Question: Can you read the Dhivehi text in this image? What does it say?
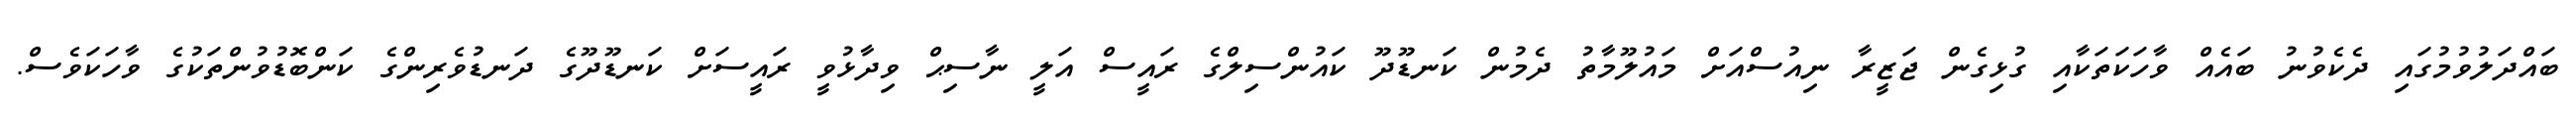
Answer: ބައްދަލުވުމުގައި ދެކެވުނު ބައެއް ވާހަކަތަކާއި ގުޅިގެން ޖަޒީރާ ނިއުސްއަށް މައުލޫމާތު ދެމުން ކަނޑޫދޫ ކައުންސިލްގެ ރައީސް އަލީ ނާސިޙް ވިދާޅުވީ ރައީސަށް ކަނޑޫދޫގެ ދަނޑުވެރިންގެ ކަންބޮޑުވުންތަކުގެ ވާހަކަވެސް.